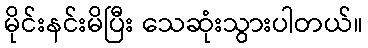
မိုင်းနင်းမိပြီး သေဆုံးသွားပါတယ်။